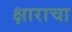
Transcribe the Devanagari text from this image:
क्षाराचा